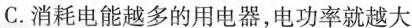
C.消耗电能越多的用电器，电功率就越大